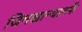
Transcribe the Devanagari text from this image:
जिमखान्यातर्फे